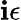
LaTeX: \mathbf{i}\epsilon